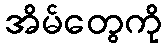
အိမ်တွေကို